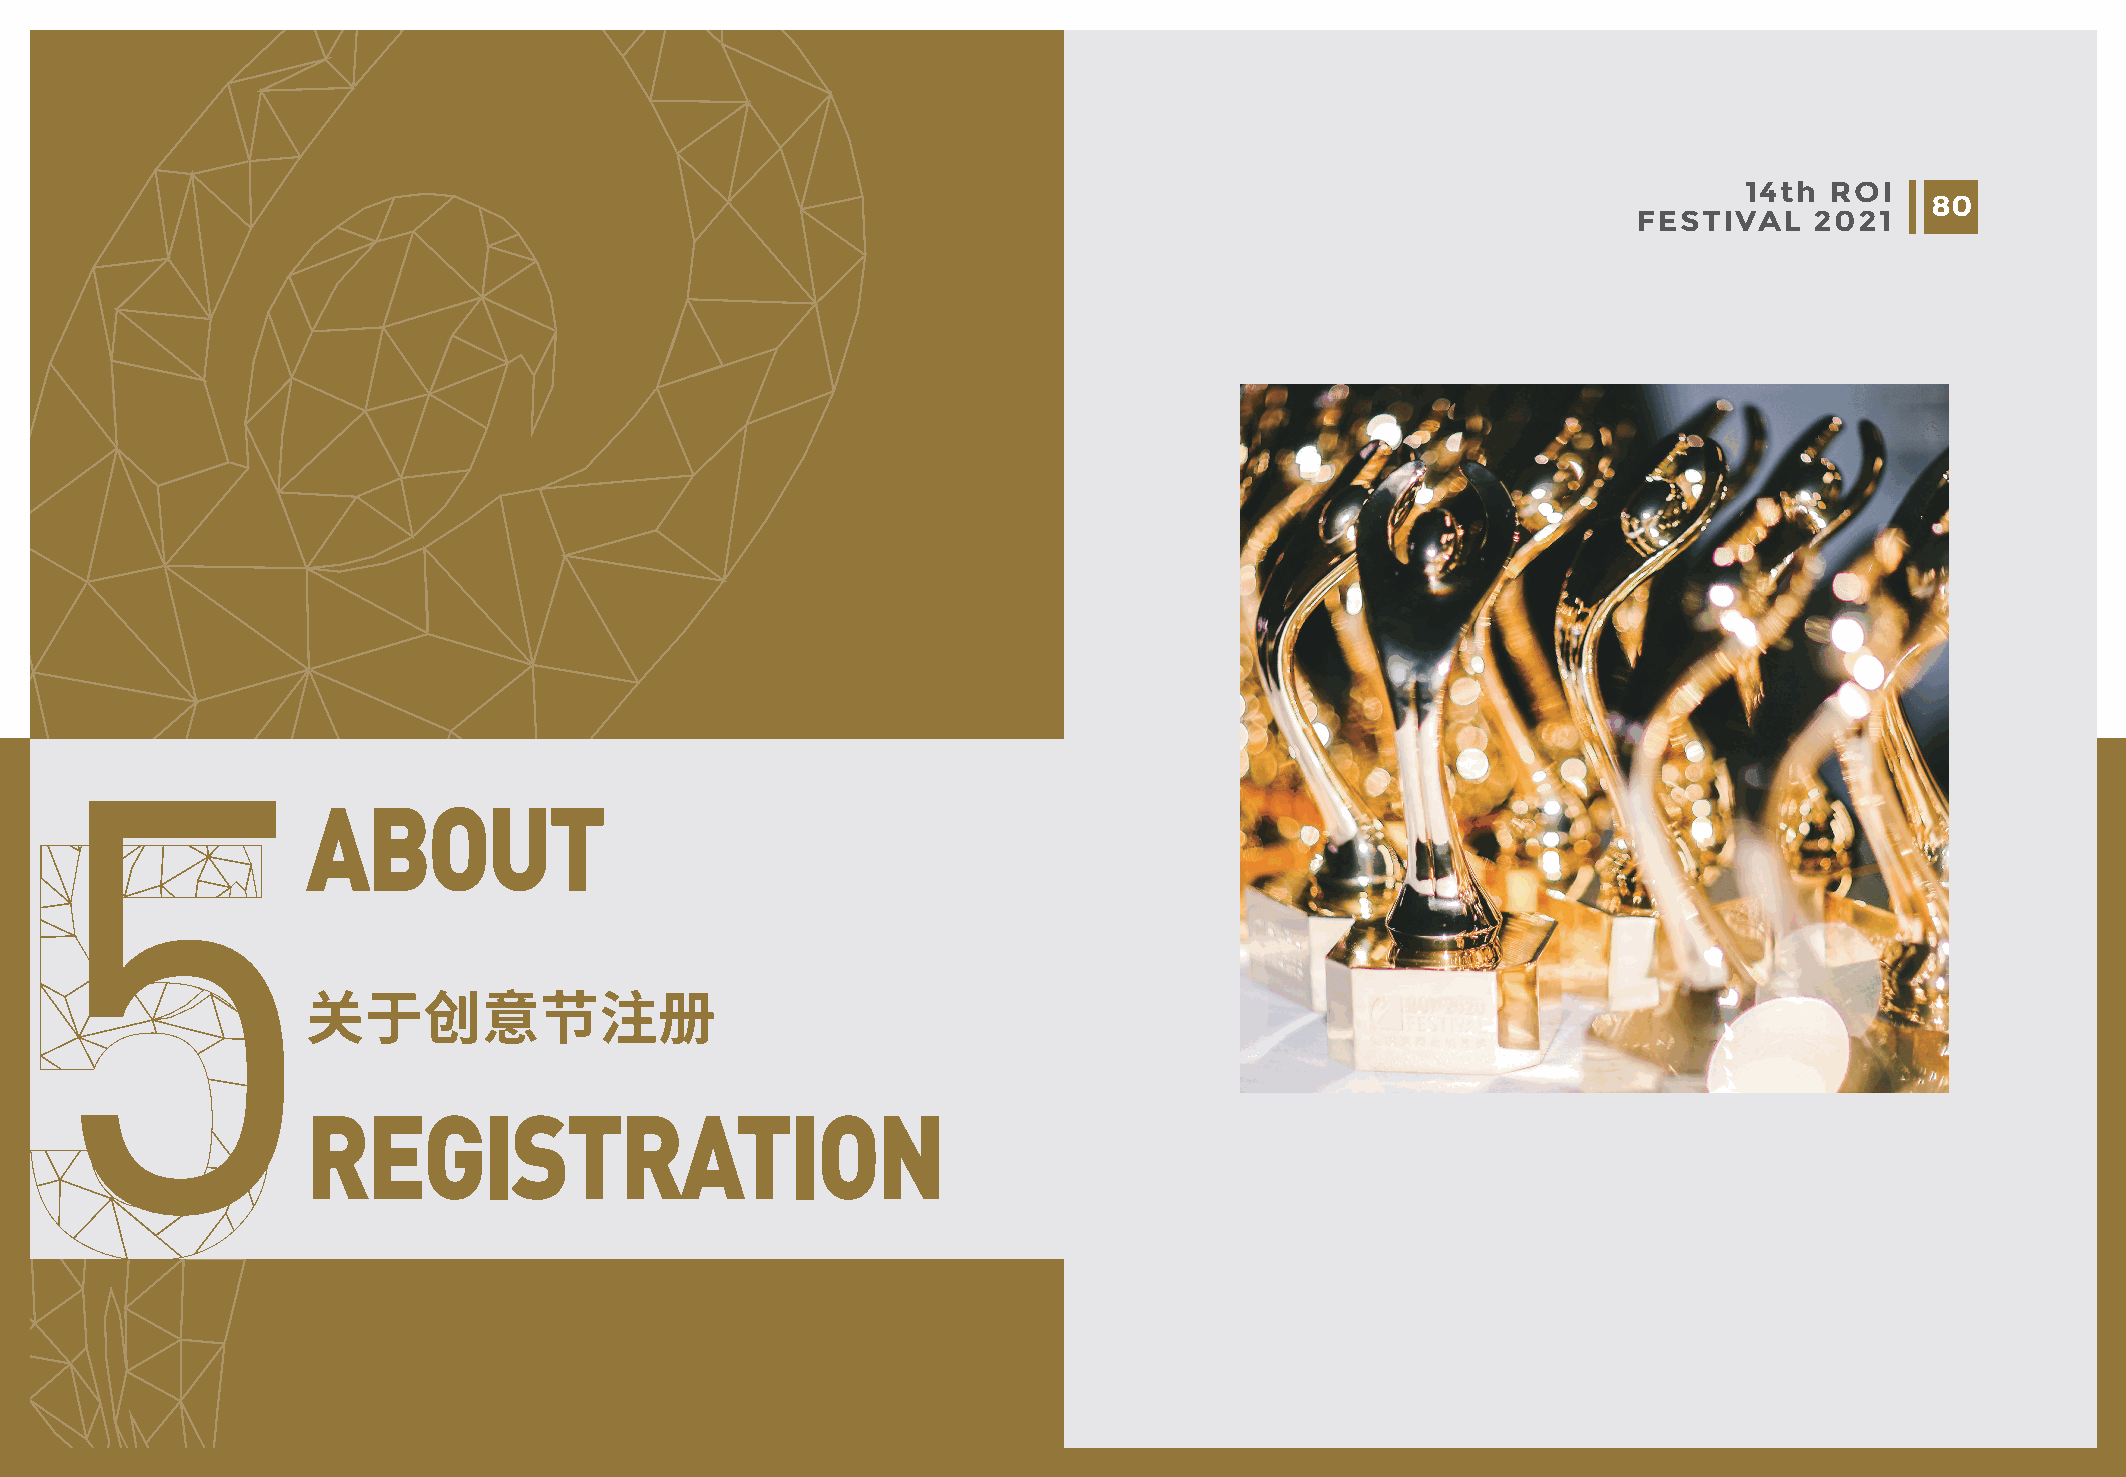
14th ROI                                                                                            14th ROI
 79                                                                                                                    80
 FESTIVAL   2021                                                                             FESTIVAL    2021
 5
 ABOUT
 关于创意节注册
 REGISTRATION